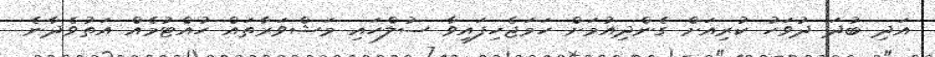
އަދި ބުދަ ދުވަހު ކުރިއަށް ގެންދިއުމަށް ހަމަޖެހިފައިވާ ސުލްހައި މަޝްވަރާތައް ހުއްޓުމެއް އަތުވެދާނެ